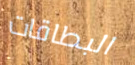
البطاقات